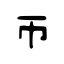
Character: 帀